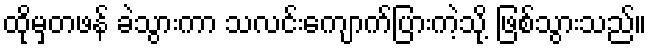
ထိုမှတဖန် ခဲသွားကာ သလင်းကျောက်ပြားကဲ့သို့ ဖြစ်သွားသည်။